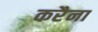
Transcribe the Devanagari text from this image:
करैना